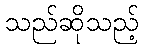
သည်ဆိုသည့်